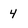
Character: 4